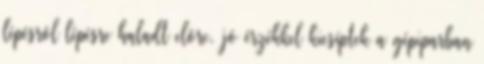
lépésrôl lépésre haladt elôre, jó érzékkel kicsíptek a gépiparban